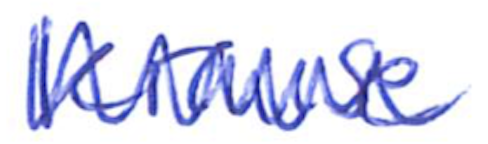
Text: Krause
Cross-out: zig-zag
Writing tool: ballpoint